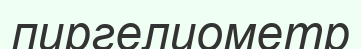
пиргелиометр